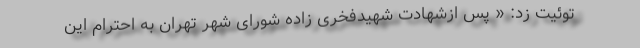
توئیت زد: « پس ازشهادت شهیدفخری زاده شورای شهر تهران به احترام این